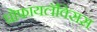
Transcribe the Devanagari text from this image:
प्रोफायलॅक्सिस